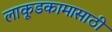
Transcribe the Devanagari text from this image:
लाकूडकामासाठी